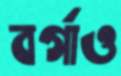
বর্গাও